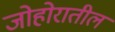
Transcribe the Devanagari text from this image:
जोहोरातील